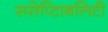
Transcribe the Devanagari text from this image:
ससेप्टिाबलिटी